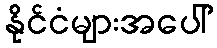
နိုင်ငံများအပေါ်